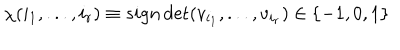
LaTeX: \chi ( i _ { 1 } , . . . , i _ { r } ) \equiv s i g n \det ( v _ { i _ { 1 } } , . . . , v _ { i _ { r } } ) \in \{ - 1 , 0 , 1 \}